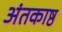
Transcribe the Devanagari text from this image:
अंतकाष्ठ